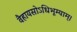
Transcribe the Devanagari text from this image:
वैहायसोऽधिभूम्याम्।